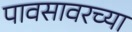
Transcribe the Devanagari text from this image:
पावसावरच्या